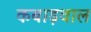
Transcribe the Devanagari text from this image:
कबाड़वाल